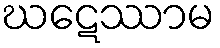
ဃဋေဿာမ